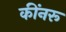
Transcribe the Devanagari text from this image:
कींनरू